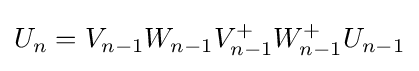
U_{n}=V_{n-1}W_{n-1}V_{n-1}^{+}W_{n-1}^{+}U_{n-1}